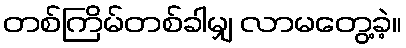
တစ်ကြိမ်တစ်ခါမျှ လာမတွေ့ခဲ့။